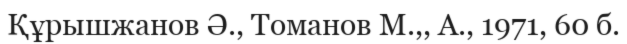
Құрышжанов Ә., Томанов М.,, А., 1971, 60 б.